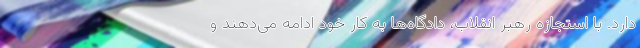
دارد. با استجازه رهبر انقلاب، دادگاه‌ها به کار خود ادامه می‌دهند و